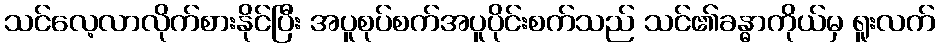
သင်လေ့လာလိုက်စားနိုင်ပြီး အပူစုပ်စက်အပူပိုင်းစက်သည် သင်၏ခန္ဓာကိုယ်မှ ရူးလက်